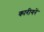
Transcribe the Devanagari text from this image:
कारीगरें